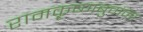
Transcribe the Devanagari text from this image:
रामकृष्णबुवांना